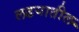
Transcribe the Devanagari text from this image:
लढयातील